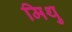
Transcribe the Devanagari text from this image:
मिथु